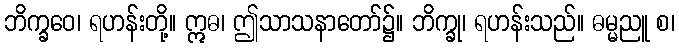
ဘိက္ခဝေ၊ ရဟန်းတို့။ ဣဓ၊ ဤသာသနာတော်၌။ ဘိက္ခု၊ ရဟန်းသည်။ ဓမ္မညူ စ၊